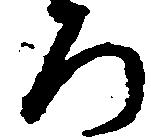
ろ